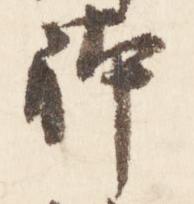
躰